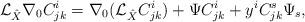
LaTeX: \begin{align*}{\cal{L}}_{\hat{X}}\nabla_0C^{i}_{jk}=\nabla_0({\cal{L}}_{\hat{X}}C^{i}_{jk})+\Psi C^{i}_{jk}+y^{i}C^{s}_{jk}\Psi_{s},\end{align*}